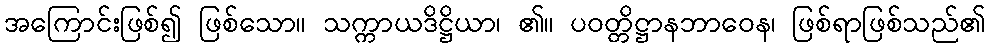
အကြောင်းဖြစ်၍ ဖြစ်သော။ သက္ကာယဒိဋ္ဌိယာ၊ ၏။ ပဝတ္တိဋ္ဌာနဘာဝေန၊ ဖြစ်ရာဖြစ်သည်၏